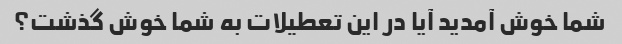
شما خوش آمدید آیا در این تعطیلات به شما خوش گذشت؟